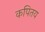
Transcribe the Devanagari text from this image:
कपितय